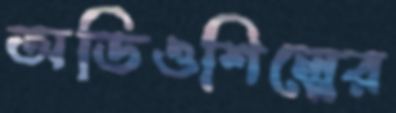
অডিওশিল্পের